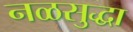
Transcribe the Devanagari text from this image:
नळसुद्धा